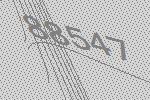
88547